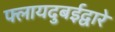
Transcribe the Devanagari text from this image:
फ्लायदुबईद्वारे